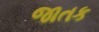
જાતક